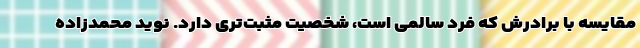
مقایسه با برادرش که فرد سالمی است، شخصیت مثبت‌تری دارد. نوید محمدزاده